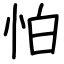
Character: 怕